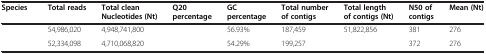
<table><thead><tr><td><b>Species</b></td><td><b>Total reads</b></td><td><b>Total clean Nucleotides (Nt)</b></td><td><b>Q20 percentage</b></td><td><b>GC percentage</b></td><td><b>Total number of contigs</b></td><td><b>Total length of contigs (Nt)</b></td><td><b>N50 of contigs</b></td><td><b>Mean (Nt)</b></td></tr></thead><tbody><tr><td>[EMPTY_CELL]</td><td>54,986,020</td><td>4,948,741,800</td><td>[EMPTY_CELL]</td><td>56.93%</td><td>187,459</td><td>51,822,856</td><td>381</td><td>276</td></tr><tr><td>[EMPTY_CELL]</td><td>52,334,098</td><td>4,710,068,820</td><td>[EMPTY_CELL]</td><td>54.29%</td><td>199,257</td><td>[EMPTY_CELL]</td><td>372</td><td>276</td></tr></tbody></table>